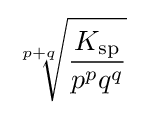
{\sqrt[{p+q}]{K_{{\ce {sp}}} \over p^{p}q^{q}}}